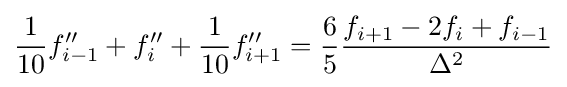
{\frac {1}{10}}f''_{i-1}+f''_{i}+{\frac {1}{10}}f''_{i+1}={\frac {6}{5}}{\frac {f_{i+1}-2f_{i}+f_{i-1}}{\Delta ^{2}}}